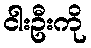
ငါးဦးကို